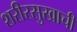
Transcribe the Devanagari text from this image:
शरीरसुखाची